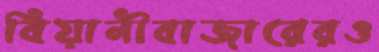
বিয়ানীবাজারেরও